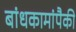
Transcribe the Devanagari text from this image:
बांधकामांपैकी